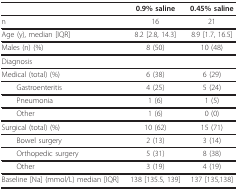
|  | 0.9% saline | 0.45% saline |
 | --- | --- | --- |
 | n | 16 | 21 |
 | Age (y), median [IQR] | 8.2 [2.8, 14.3] | 8.9 [1.7, 16.5] |
 | Males (n) (%) | 8 (50) | 10 (48) |
 | <COLSPAN=3> Diagnosis |
 | Medical (total) (%) | 6 (38) | 6 (29) |
 | Gastroenteritis | 4 (25) | 5 (24) |
 | Pneumonia | 1 (6) | 1 (5) |
 | Other | 1 (6) | 0 (0) |
 | Surgical (total) (%) | 10 (62) | 15 (71) |
 | Bowel surgery | 2 (13) | 3 (14) |
 | Orthopedic surgery | 5 (31) | 8 (38) |
 | Other | 3 (19) | 4 (19) |
 | Baseline [Na] (mmol/L) median [IQR] | 138 [135.5, 139] | 137 [135,138] |